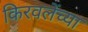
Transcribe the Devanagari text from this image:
किरवलेंच्या